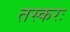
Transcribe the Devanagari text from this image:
तस्करः